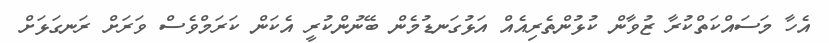
އެހާ މަސައްކަތްކުރާ ޒުވާން ކުޅުންތެރިއެއް އަޅުގަނޑުމެން ބޭނުންކުރީ އެކަން ކަރަމްވެސް ވަރަށް ރަނގަޅަށް